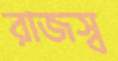
রাজস্ব